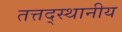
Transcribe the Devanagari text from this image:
तत्तद्स्थानीय